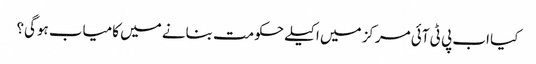
کیا اب پی ٹی آئی مرکز میں اکیلے حکومت بنانے میں کامیاب ہوگی؟